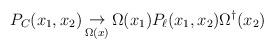
LaTeX: \begin{align*}P_{C}(x_1,x_2) \mathop\to_{\Omega(x)} \Omega(x_1) P_{\ell}(x_1,x_2)\Omega^\dagger(x_2)\end{align*}